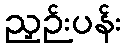
ညှဉ်းပန်း